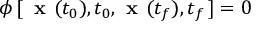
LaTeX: { \boldsymbol { \phi } } \, [ \, { \textbf { x } } ( t _ { 0 } ) , t _ { 0 } , { \textbf { x } } ( t _ { f } ) , t _ { f } \, ] = 0